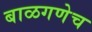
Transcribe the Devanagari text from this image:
बाळगणेच